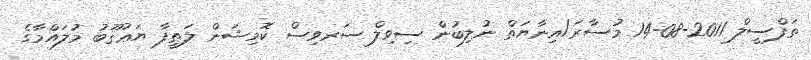
ތަފްސީލް 2011-08-14 މުސާރަ/އިނާޔަތް ނުލިބުން ސިވިލް ސަރވިސް ކޮމިޝަން ލަޠީފާ ޔަޢުޤޫބު މުލައްމާގެ